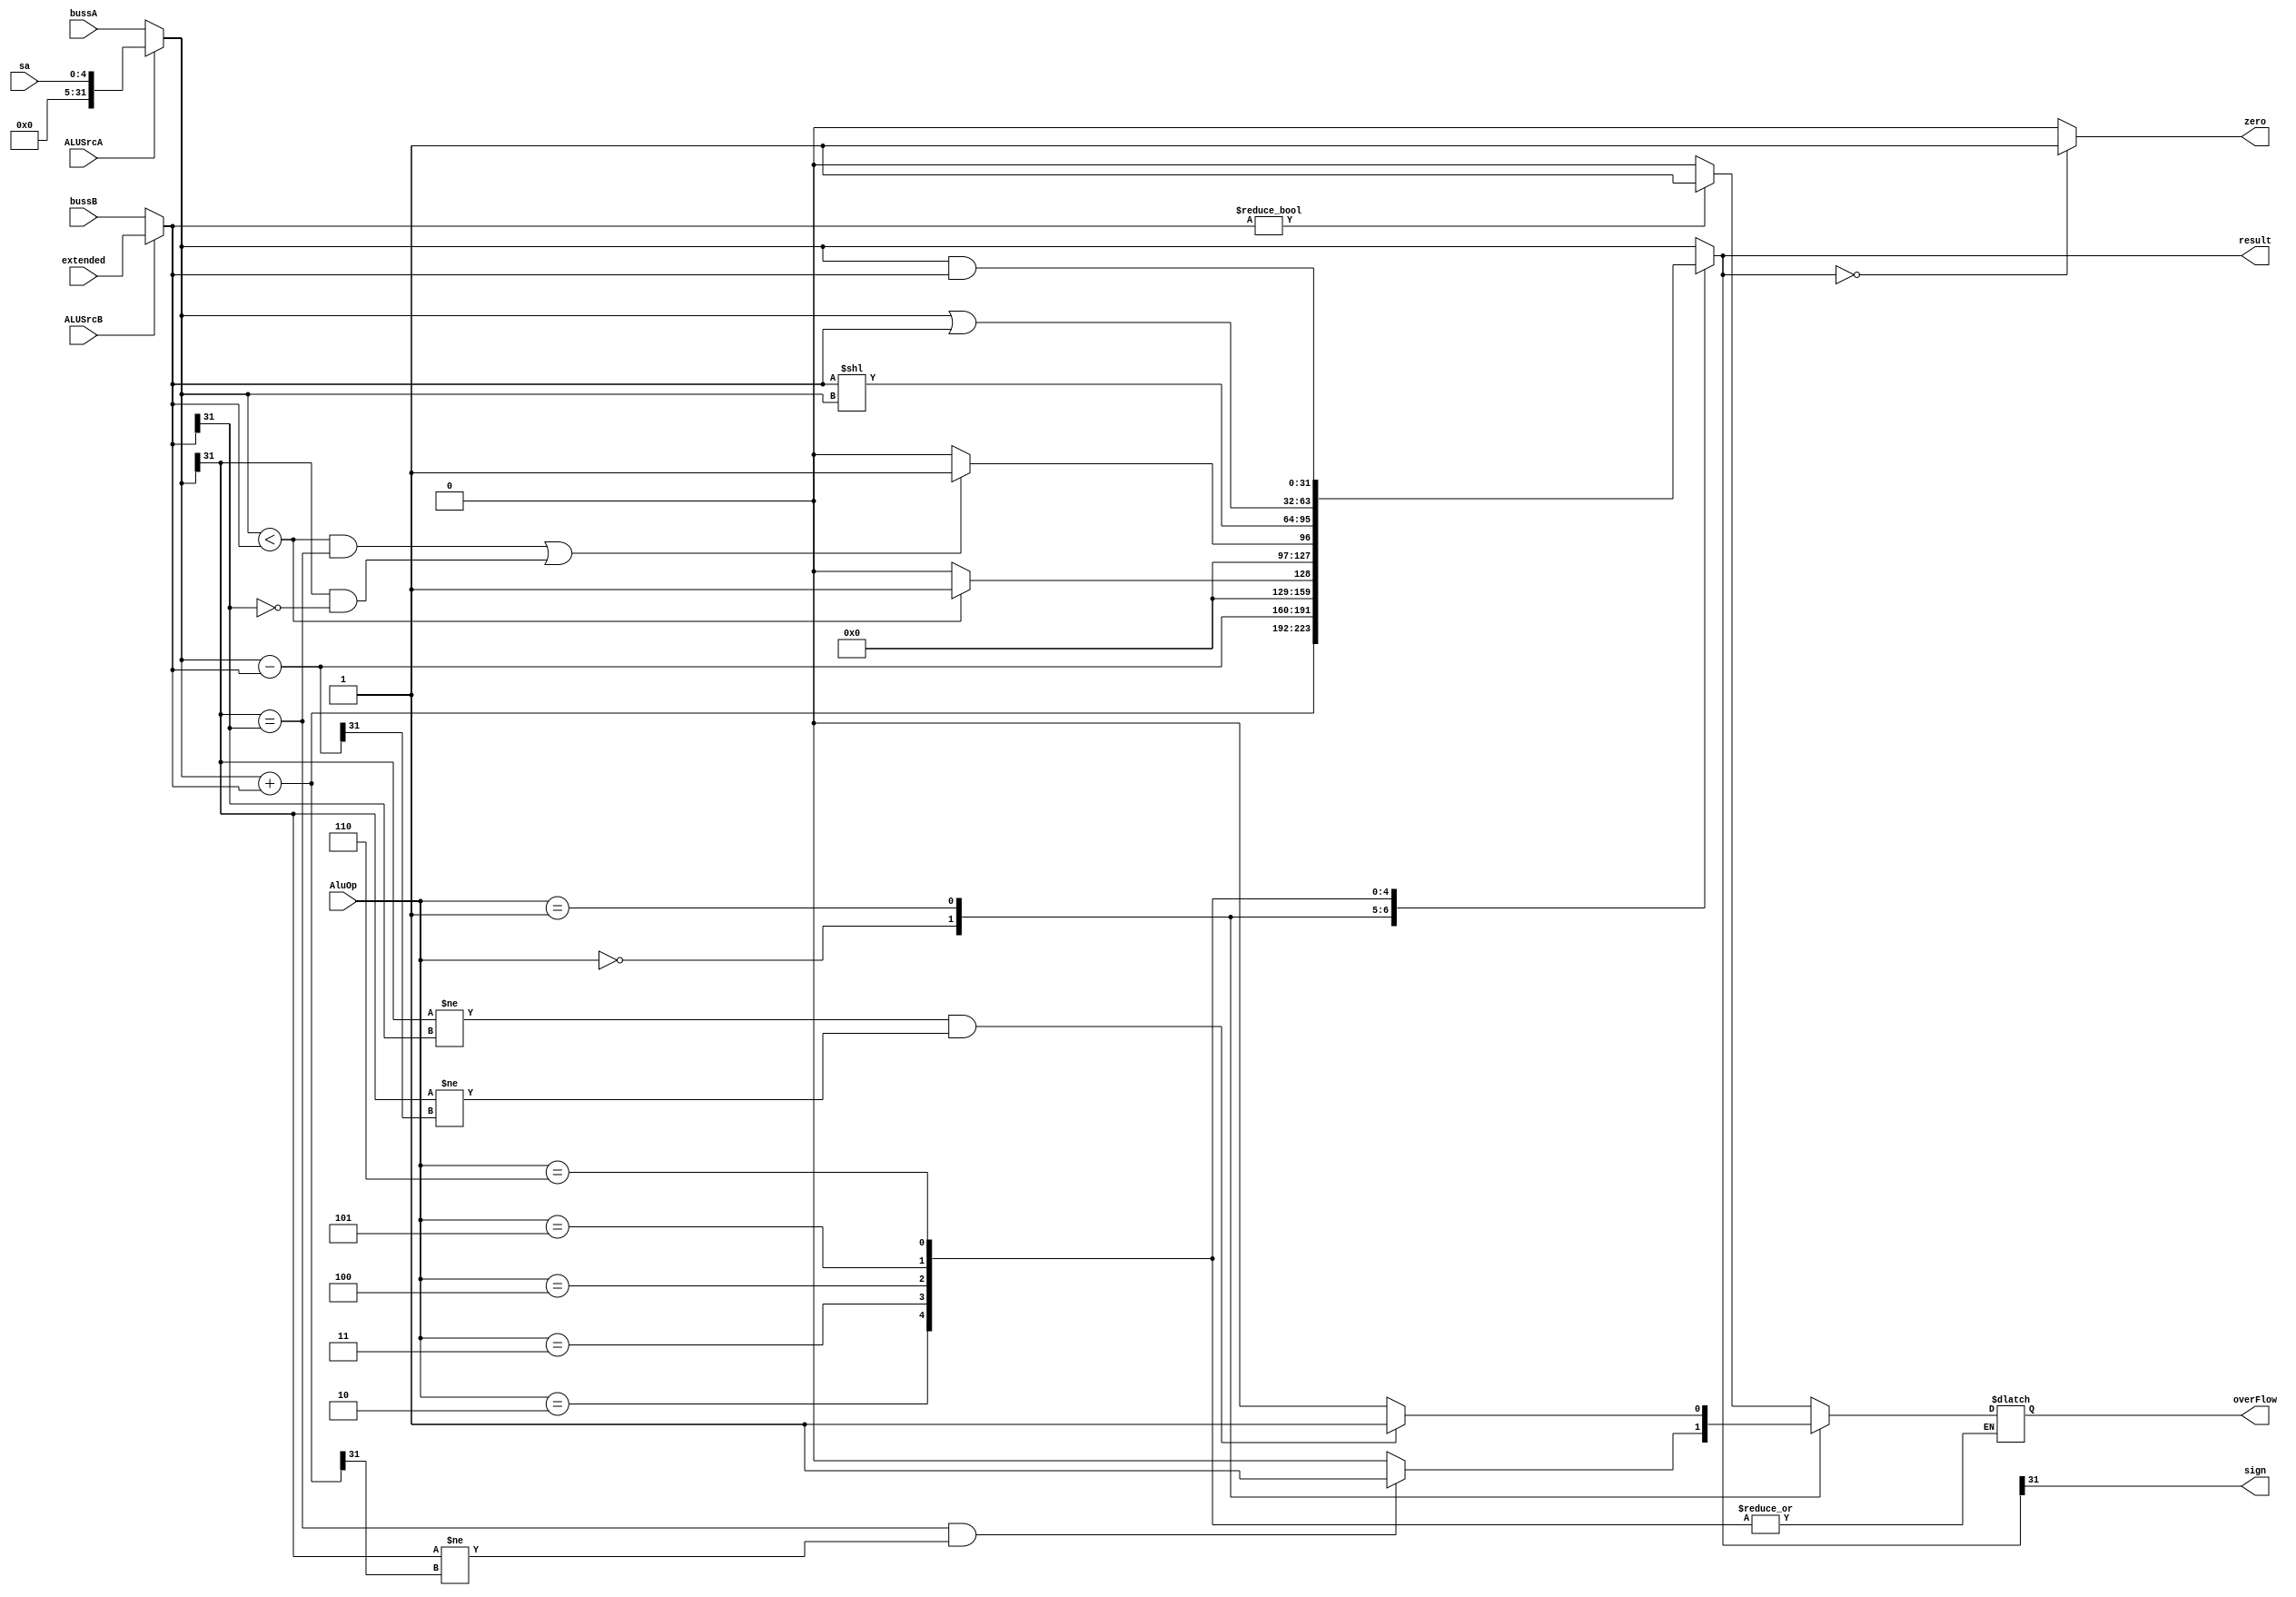
`timescale 1ns / 1ps

module ALU(
    input [31:0]bussA, 
    input [31:0]bussB, 
    input [31:0]extended,
    input [2:0]AluOp,
    input [4:0]sa,
    input ALUSrcA, 
    input ALUSrcB,
    output reg [31:0]result,
    output sign,
    output zero,
    output reg overFlow
);

    assign zero = (result==0)?1:0;
    assign sign = result[31];
    reg [31:0]A,B;

    always @(sa, bussA, bussB, AluOp, extended)begin
        A = ALUSrcA?sa:bussA;
        B = ALUSrcB?extended:bussB;
        case(AluOp)
            0: begin
                result = A + B;          // add
                overFlow = (A[31] == B[31] && A[31] != result[31]) ? 1 : 0;
            end
            1: begin
                result = A - B;          // sub
                overFlow = (A[31] != B[31] && A[31] != result[31]) ? 1 : 0;
            end
            2: result = (A < B) ? 1 : 0; // cmp
            3:                           // slt
               result = (A < B && A[31] == B[31] ||  A[31] == 1 && B[31] == 0) ? 1 : 0;
            4: result = B << A;          // sll
            5: result = A | B;           // or
            6: result = A & B;           // and
            default: begin               // mov
                result = A;
                overFlow = B ? 1 : 0; // used once
            end
        endcase
    end
endmodule